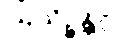
ဩသိဉ္စန္တိပိ